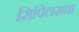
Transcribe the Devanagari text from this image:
सिपिलसचा